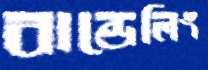
বান্ডেলিং